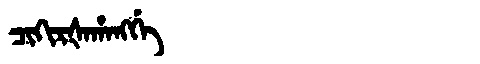
Manchu: ᠴᡳᡴᡳᡵᡧᠠᡥᠠᠩᡤᡝ
Romanization: CIKIRŠAHANGGE